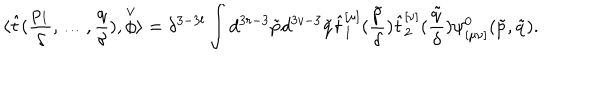
LaTeX: \langle \hat { t } ( \frac { p _ { 1 } } { \delta } , \ldots , \frac { q } { \delta } ) , \stackrel { \vee } { \phi } \rangle = \delta ^ { 3 - 3 l } \int d ^ { 3 r - 3 } \tilde { p } d ^ { 3 v - 3 } \tilde { q } \hat { t } _ { 1 } ^ { [ \mu ] } ( \frac { \tilde { p } } { \delta } ) \hat { t } _ { 2 } ^ { [ \nu ] } ( \frac { \tilde { q } } { \delta } ) \psi _ { [ \mu \nu ] } ^ { 0 } ( \tilde { p } , \tilde { q } ) .